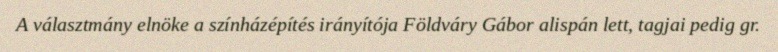
A választmány elnöke a színházépítés irányítója Földváry Gábor alispán lett, tagjai pedig gr.